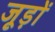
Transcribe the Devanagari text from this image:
जूड़ों